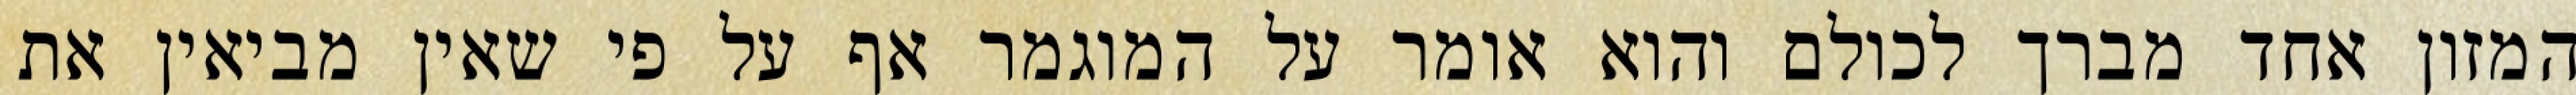
המזון אחד מברך לכולם והוא אומר על המוגמר אף על פי שאין מביאין את